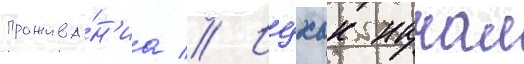
прожива́н'иа // Ицхак начал